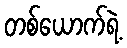
တစ်ယောက်ရဲ့